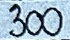
300